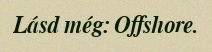
Lásd még: Offshore.